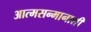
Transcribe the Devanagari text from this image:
आत्मसन्मानाशी